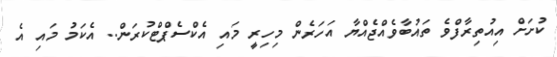
ކުށަށް އިއުތިރާފްވެ ތައުބާވެއްޖެއްޔާ އަހަރެން މިހިރީ މައި އެކްސެޕްޓްކުރަން.. އެކަމު މައި އެ